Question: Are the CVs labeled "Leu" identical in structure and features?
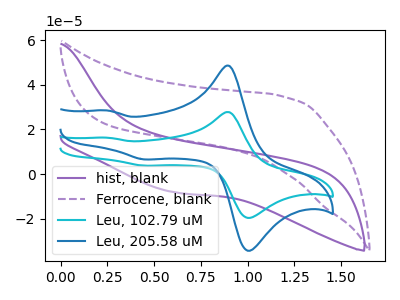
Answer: <think>The purple curve "hist, blank" has no peaks. The purple dashed curve "Ferrocene, blank" has no peaks. The cyan curve "Leu, 102.79 uM" has anodic peaks at (0.90V, 27.70uA) (0.25V, 16.25uA) and cathodic peaks at (1.05V, -19.35uA) (0.45V, 3.75uA). The blue curve "Leu, 205.58 uM" has anodic peaks at (0.90V, 48.45uA) (0.25V, 28.45uA) and cathodic peaks at (1.05V, -33.85uA) (0.45V, 6.55uA).
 Neither "hist, blank" or "Ferrocene, blank" have any peaks. "hist, blank" and "Leu, 102.79 uM" have a different number of peaks. "hist, blank" and "Leu, 205.58 uM" have a different number of peaks. "Ferrocene, blank" and "Leu, 102.79 uM" have a different number of peaks. "Ferrocene, blank" and "Leu, 205.58 uM" have a different number of peaks. All the peaks in "Leu, 102.79 uM" have a peak in "Leu, 205.58 uM" at the same potential.</think>
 <answer>All the CV's of "Leu" have similar shape.</answer>
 <eval>follow_rule</eval>